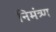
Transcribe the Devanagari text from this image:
निमंत्र्ण